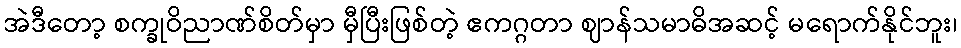
အဲဒီတော့ စက္ခုဝိညာဏ်စိတ်မှာ မှီပြီးဖြစ်တဲ့ ဧကဂ္ဂတာ ဈာန်သမာဓိအဆင့် မရောက်နိုင်ဘူး၊